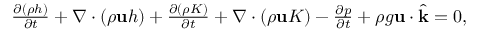
\begin{array} { r } { \frac { \partial ( \rho h ) } { \partial t } + \nabla \cdot ( \rho \mathbf u h ) + \frac { \partial ( \rho K ) } { \partial t } + \nabla \cdot ( \rho \mathbf u K ) - \frac { \partial p } { \partial t } + \rho g \mathbf u \cdot \widehat { \mathbf k } = 0 , } \end{array}